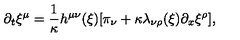
\partial _ { t } \xi ^ { \mu } = \frac { 1 } { \kappa } h ^ { \mu \nu } ( \xi ) [ \pi _ { \nu } + \kappa \lambda _ { \nu \rho } ( \xi ) \partial _ { x } \xi ^ { \rho } ] ,